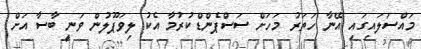
މައްސަލައިގައި އޭނާ ހަތަރު މަހަށް ސަސްޕެންޑްކުރުމާ އެކު ލިވަޕޫލުން ވަނީ ބާސާ އަށް